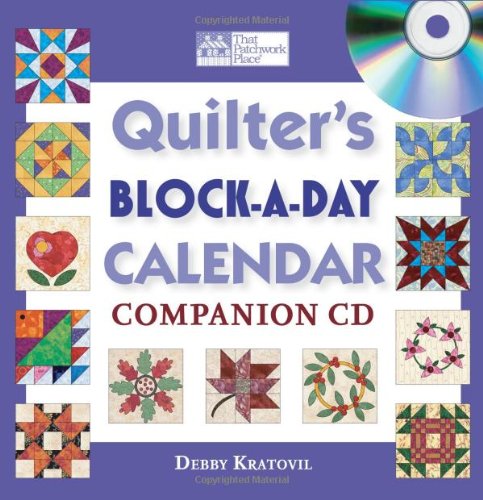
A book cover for Quilter's Block-a-Day Calendar Companion CD; Debby Kratovil; Calendars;